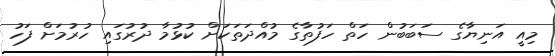
މިއީ އަނިޔާގެ ސަބަބުން ހަތް ހަފުތާގެ މުއްދަތަކަށް ކުޅުމާ ދުރުގައި ހުރުމަށް ފަހު